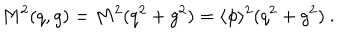
LaTeX: M ^ { 2 } ( q , g ) = M ^ { 2 } ( q ^ { 2 } + g ^ { 2 } ) = \langle \phi \rangle ^ { 2 } ( q ^ { 2 } + g ^ { 2 } ) ~ .